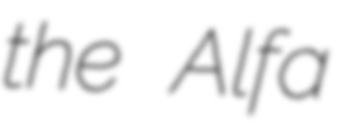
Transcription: the Alfa